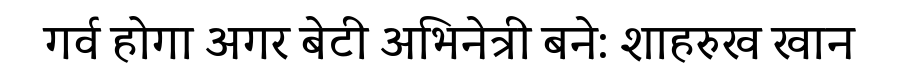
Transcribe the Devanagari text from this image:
गर्व होगा अगर बेटी अभिनेत्री बने: शाहरुख खान